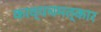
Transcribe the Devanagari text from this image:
काव्यचमत्कार